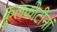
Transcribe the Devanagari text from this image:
कुलकोटीनां